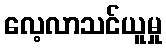
လေ့လာသင်ယူမှု